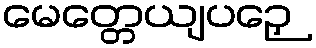
မေတ္တေယျပဉှေ